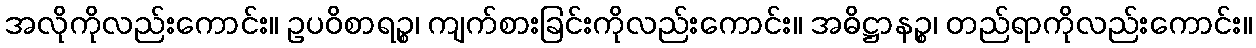
အလိုကိုလည်းကောင်း။ ဥပဝိစာရဉ္စ၊ ကျက်စားခြင်းကိုလည်းကောင်း။ အဓိဋ္ဌာနဉ္စ၊ တည်ရာကိုလည်းကောင်း။